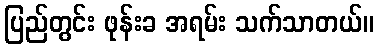
ပြည်တွင်း ဖုန်းခ အရမ်း သက်သာတယ်။